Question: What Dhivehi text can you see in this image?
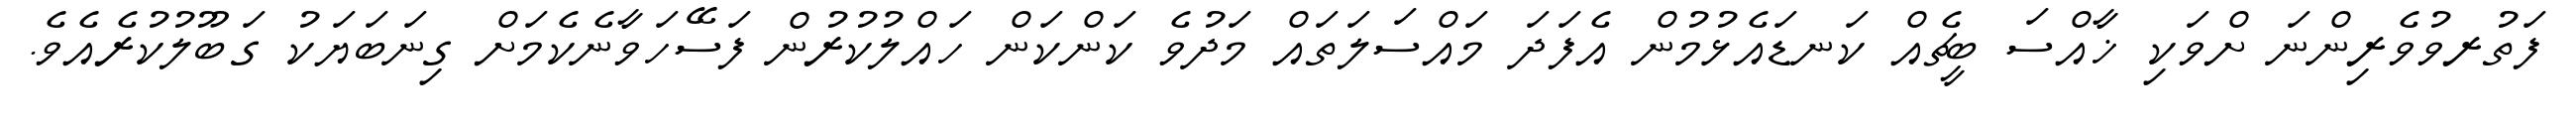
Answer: ފަތުރވުވެރިންނަ ށްވަކި ޚާއްސަ ބީޗެއް ކަނޑައެޅުމުން އެފަދަ މައްސަލަތައް މަދުވެ ކަންކަން ހައްލުކުރުން ފަސޭހަވާނެކެމަށް ގިނަބަޔަކު ގަބޫލުކުރެއެވެ.